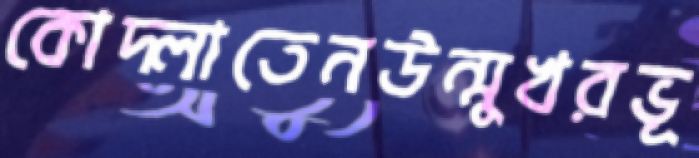
কোদ্‌লাতেনউন্মুখরভূ